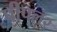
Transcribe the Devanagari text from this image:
पीपल२